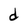
Character: d